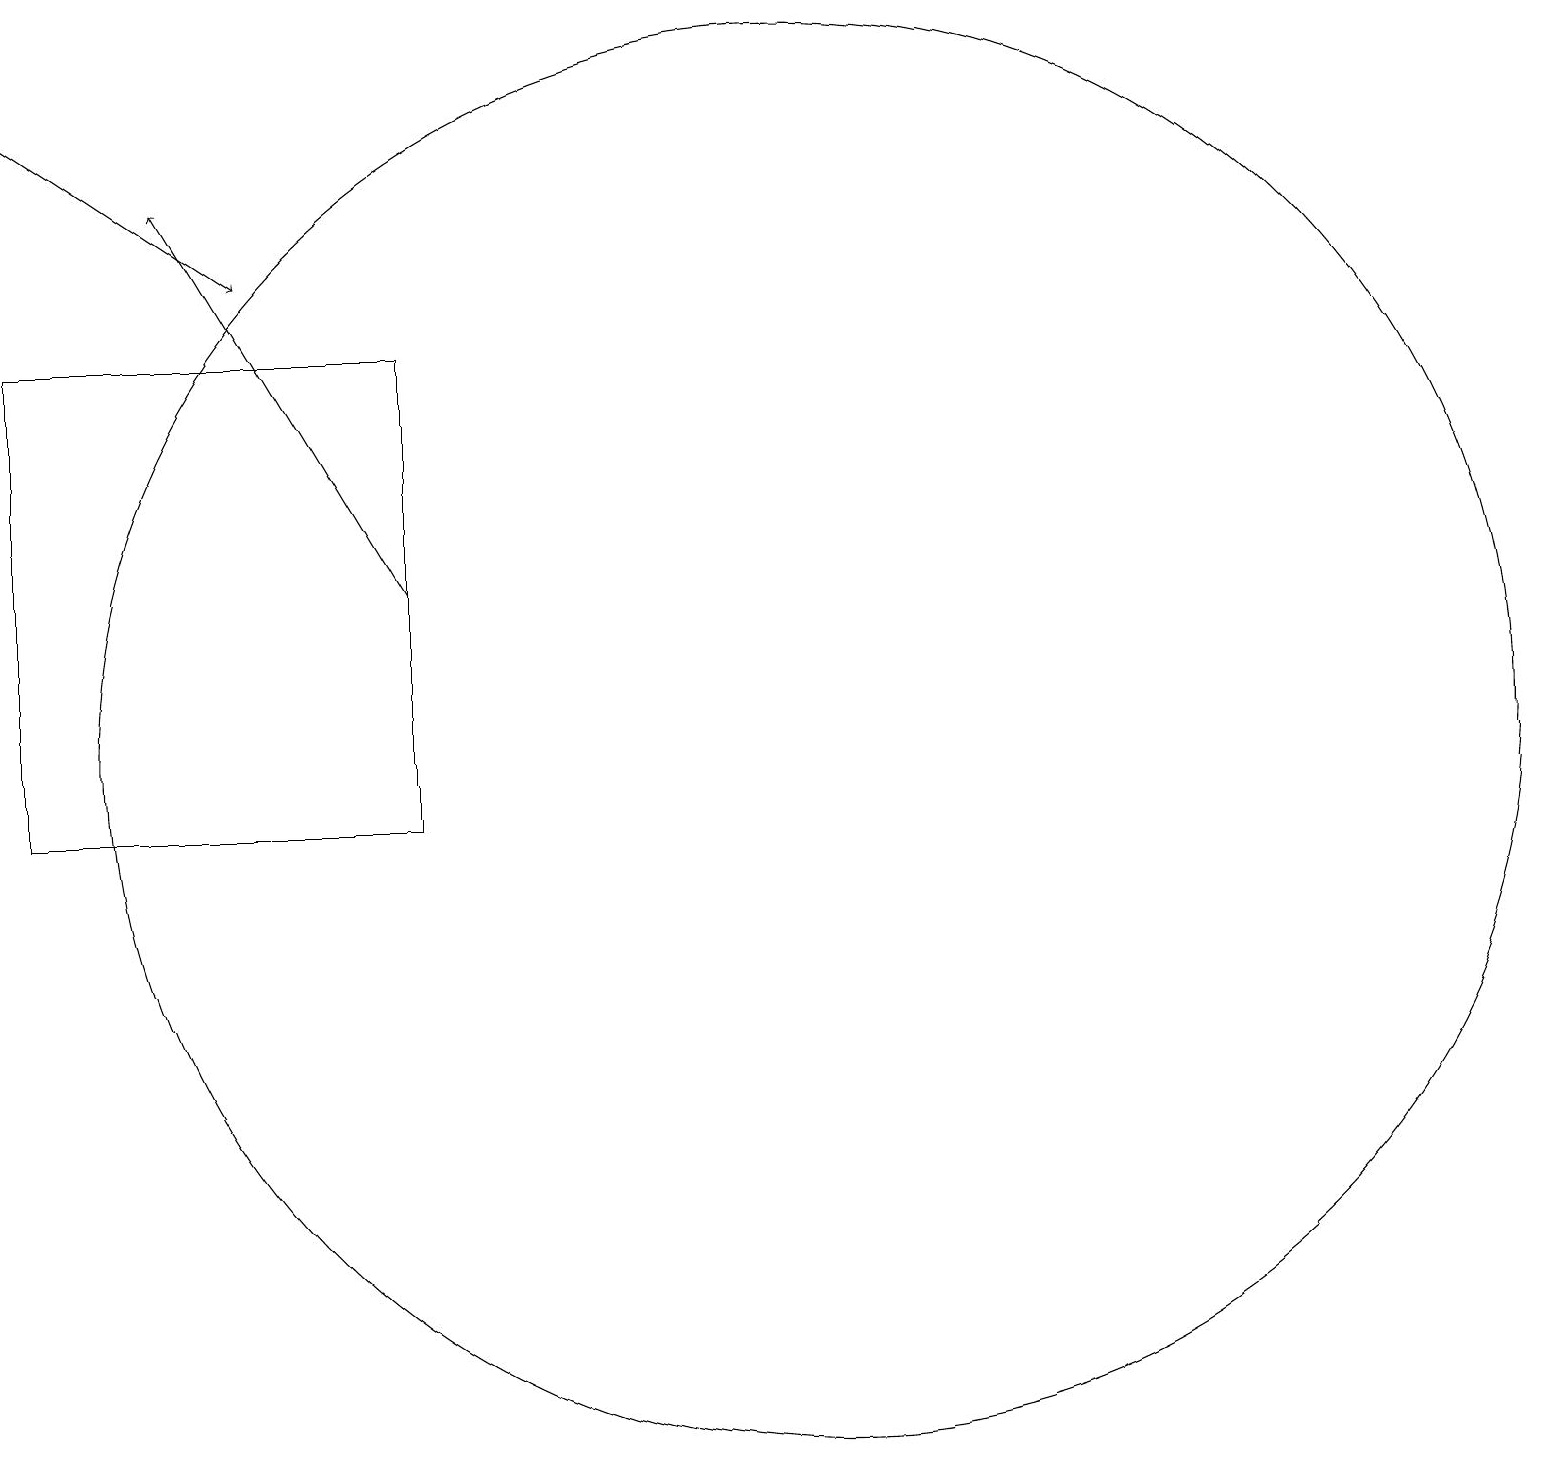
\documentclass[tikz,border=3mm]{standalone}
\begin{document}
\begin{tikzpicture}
\draw[->] (1,19) -- (4,17);
\draw (11,11) circle (9);
\draw (1,16) rectangle (6,10);
\draw[->] (6,13) -- (3,18);
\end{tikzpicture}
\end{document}